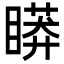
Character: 䁳